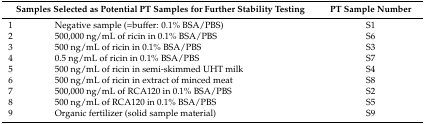
<table><thead><tr><td colspan="2"><b>Samples Selected as Potential PT Samples for Further Stability Testing</b></td><td><b>PT Sample Number</b></td></tr></thead><tbody><tr><td>1</td><td>Negative sample (=buffer: 0.1% BSA/PBS)</td><td>S1</td></tr><tr><td>2</td><td>500,000 ng/mL of ricin in 0.1% BSA/PBS </td><td>S6</td></tr><tr><td>3</td><td>500 ng/mL of ricin in 0.1% BSA/PBS</td><td>S3</td></tr><tr><td>4</td><td>0.5 ng/mL of ricin in 0.1% BSA/PBS</td><td>S7</td></tr><tr><td>5</td><td>500 ng/mL of ricin in semi-skimmed UHT milk</td><td>S4</td></tr><tr><td>6</td><td>500 ng/mL of ricin in extract of minced meat</td><td>S8</td></tr><tr><td>7</td><td>500,000 ng/mL of RCA120 in 0.1% BSA/PBS</td><td>S2</td></tr><tr><td>8</td><td>500 ng/mL of RCA120 in 0.1% BSA/PBS</td><td>S5</td></tr><tr><td>9</td><td>Organic fertilizer (solid sample material)</td><td>S9</td></tr></tbody></table>